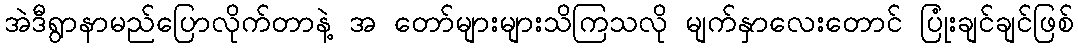
အဲဒီရွာနာမည်ပြောလိုက်တာနဲ့ အ တော်များများသိကြသလို မျက်နှာလေးတောင် ပြုံးချင်ချင်ဖြစ်